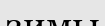
зимы